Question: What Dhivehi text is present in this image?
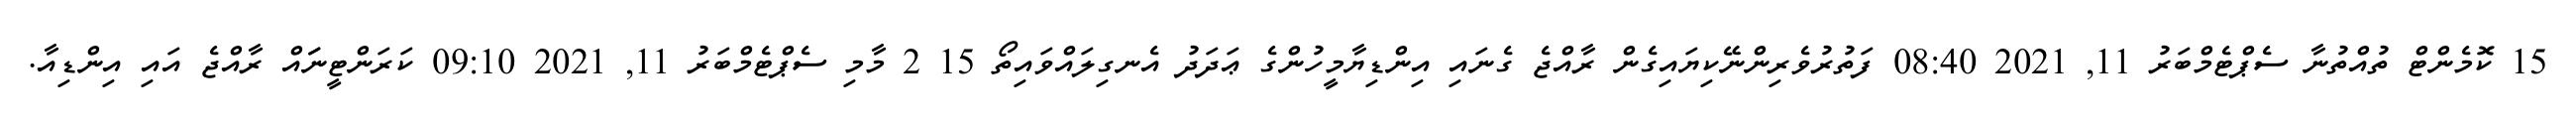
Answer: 15 ކޮމެންޓް ތުއްތުނާ ސެޕްޓެމްބަރު 11, 2021 08:40 ފަތުރުވެރިންނޭކިޔައިގެން ރާއްޖެ ގެނައި އިންޑިޔާމީހުންގެ ޢަދަދު އެނގިލައްވައިތޯ 15 2 މާމި ސެޕްޓެމްބަރު 11, 2021 09:10 ކަރަންޓީނަައް ރާއްޖެ އައި އިންޑިއާ.